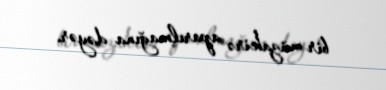
bir müzakirə aparılmağına dəyər.